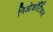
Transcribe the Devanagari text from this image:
निओकॉर्टिकल